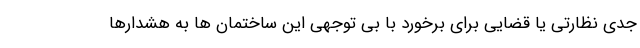
جدی نظارتی یا قضایی برای برخورد با بی توجهی این ساختمان ها به هشدارها